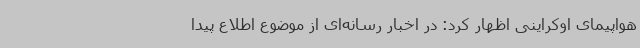
هواپیمای اوکراینی اظهار کرد: در اخبار رسانه‌ای از موضوع اطلاع پیدا